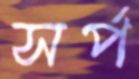
সর্প